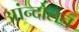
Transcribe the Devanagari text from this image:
आंन्दोलन